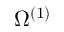
\Omega ^ { ( 1 ) }